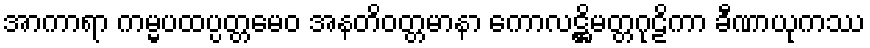
အာကာရာ ကမ္မပထပ္ပတ္တမေဝ အနတိဝတ္တမာနာ ကောလဋ္ဌိမတ္တဂုဠိကာ ခီဏာယုကဿ